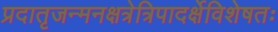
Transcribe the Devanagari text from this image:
प्रदातृजन्मनक्षत्रेत्रिपादर्क्षेविशेषतः